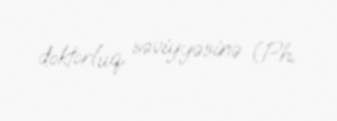
doktorluq səviyyəsinə (Ph.